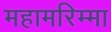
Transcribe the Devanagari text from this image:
महामरिम्मा